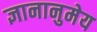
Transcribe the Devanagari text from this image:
ज्ञानानुमेय